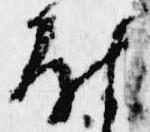
尉